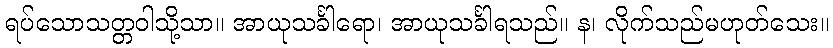
ရပ်သောသတ္တဝါသို့သာ။ အာယုသင်္ခါရော၊ အာယုသင်္ခါရသည်။ န၊ လိုက်သည်မဟုတ်သေး။